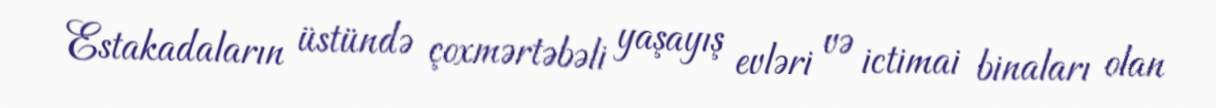
Estakadaların üstündə çoxmərtəbəli yaşayış evləri və ictimai binaları olan